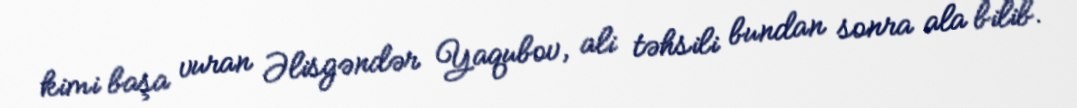
kimi başa vuran Əlisgəndər Yaqubov, ali təhsili bundan sonra ala bilib.